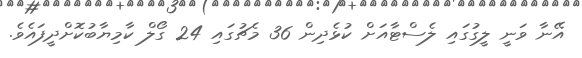
އޭނާ ވަނީ ލީގުގައި ލެސްޓާއަށް ކުޅެދިން 36 މެޗުގައި 24 ގޯލް ކާމިޔާބުކޮށްދީފައެވެ.